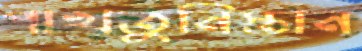
পাখতুনিস্তান